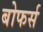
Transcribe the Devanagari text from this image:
बोफर्स